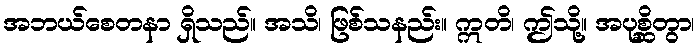
အဘယ်စေတနာ ရှိသည်။ အသိ၊ ဖြစ်သနည်း။ ဣတိ၊ ဤသို့။ အပုစ္ဆိတွာ၊